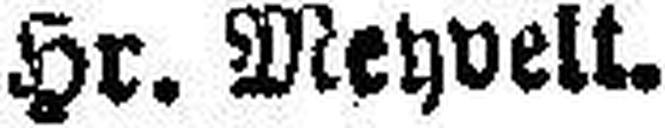
Hr. Wehvelt.